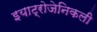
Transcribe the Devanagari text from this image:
इयाट्रोजेनिकली